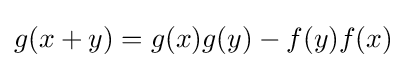
g(x+y)=g(x)g(y)-f(y)f(x)